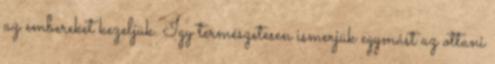
az embereket kezeljük. Így természetesen ismerjük egymást az ottani